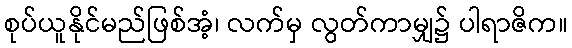
စုပ်ယူနိုင်မည်ဖြစ်အံ့၊ လက်မှ လွတ်ကာမျှ၌ ပါရာဇိက။